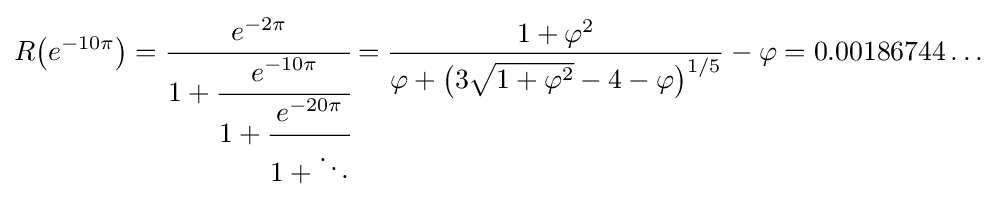
R{\big (}e^{-10\pi }{\big )}={\cfrac {e^{-2\pi }}{1+{\cfrac {e^{-10\pi }}{1+{\cfrac {e^{-20\pi }}{1+\ddots }}}}}}={\frac {1+\varphi ^{2}}{\varphi +{\big (}3{\sqrt {1+\varphi ^{2}}}-4-\varphi {\big )}^{1/5}}}-\varphi =0.00186744\dots